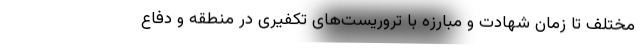
مختلف تا زمان شهادت و مبارزه با تروریست‌های تکفیری در منطقه و دفاع